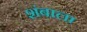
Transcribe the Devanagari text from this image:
शंबाला